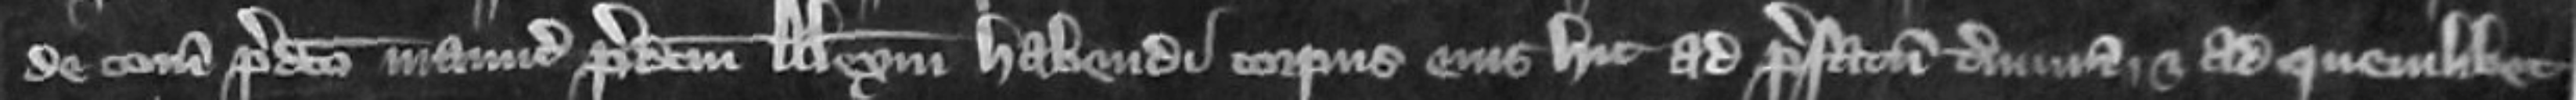
de comitatu predicto manuceperunt predictum Alexandrum habendi corpus eius hic ad prefatum terminum et ad quemlibet